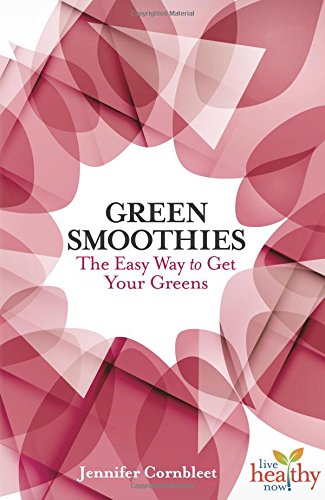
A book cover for Green Smoothies: The Easy Way to Get Your Greens (Live Healthy Now); Jennifer Cornbleet; Cookbooks, Food & Wine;